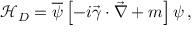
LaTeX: { \mathcal { H } } _ { D } = { \overline { { \psi } } } \left[ - i { \vec { \gamma } } \cdot { \vec { \nabla } } + m \right] \psi \, ,